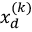
x _ { d } ^ { ( k ) }